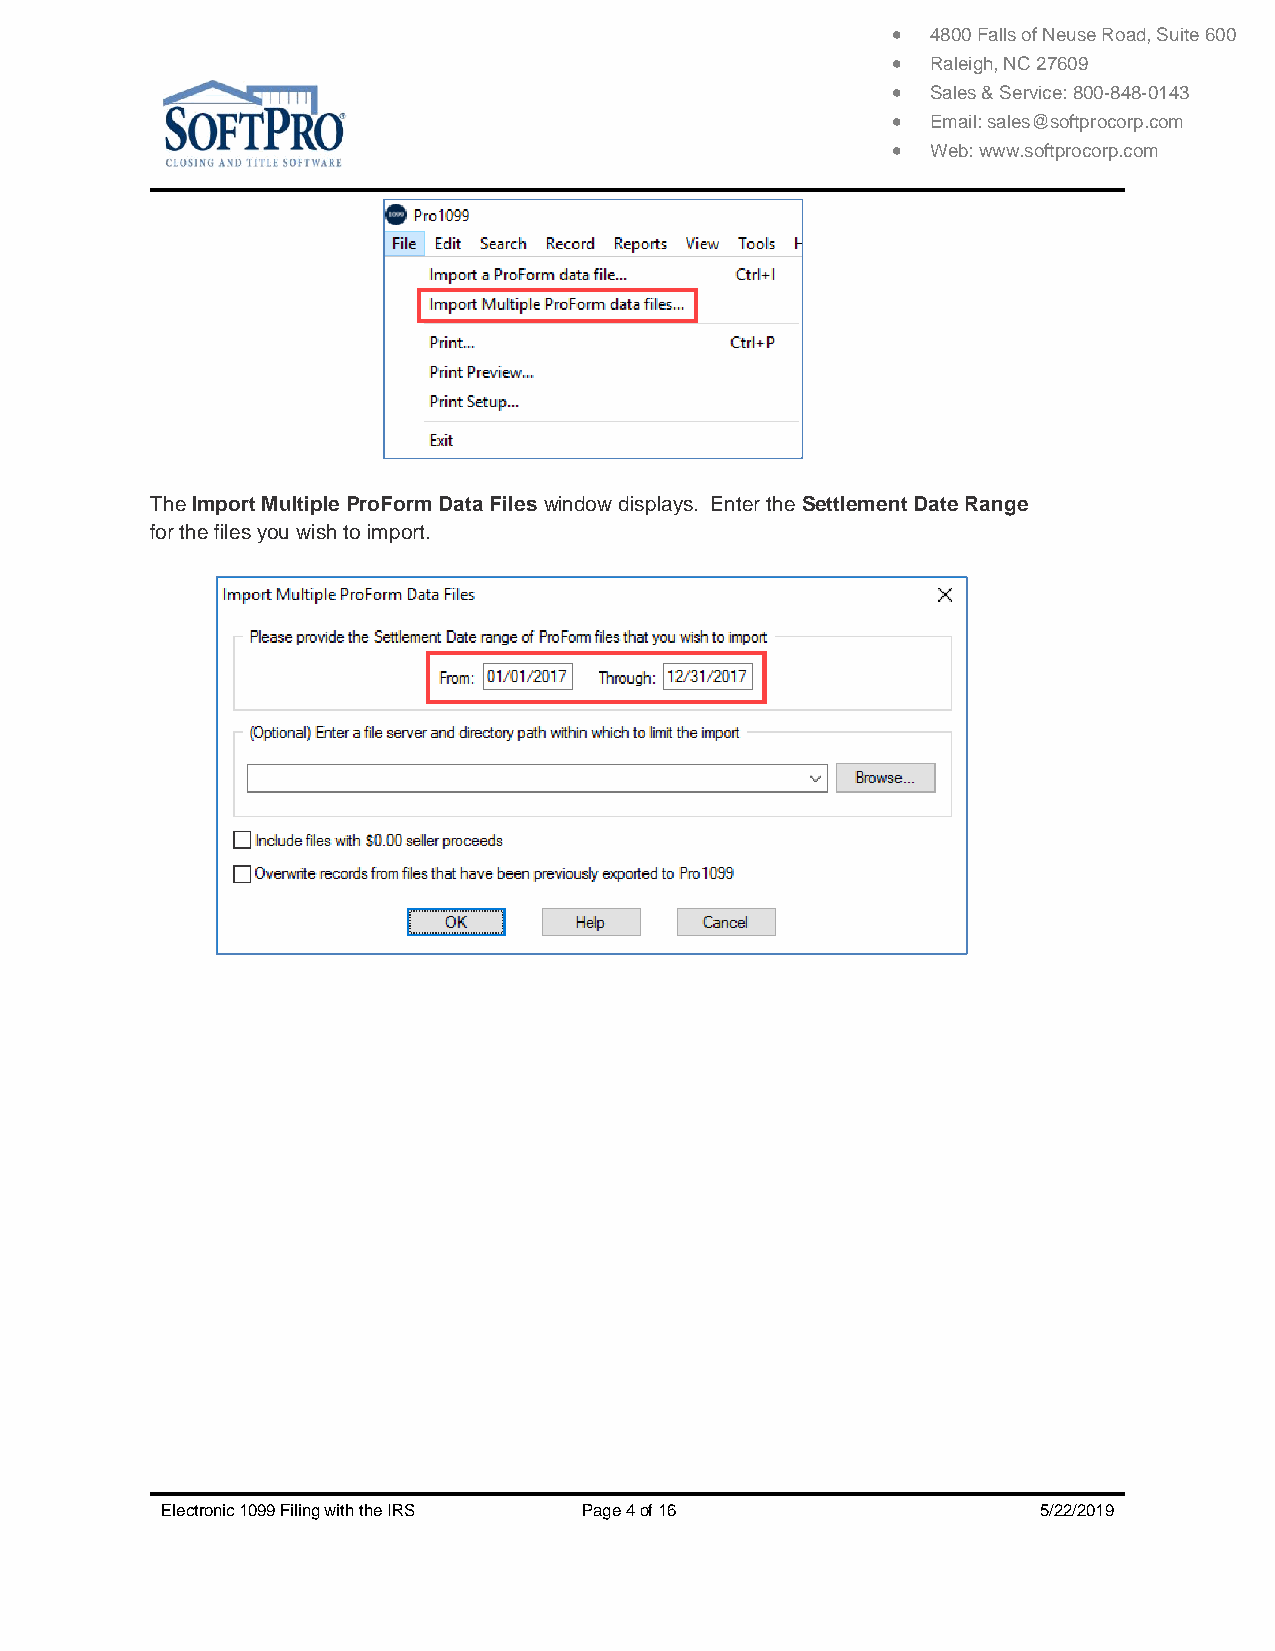
  4800 Falls of Neuse Road, Suite 600
   Raleigh, NC 27609
   Sales & Service: 800-848-0143
   Email: sales@softprocorp.com
   Web: www.softprocorp.com
 The Import Multiple ProForm Data Files window displays. Enter the Settlement Date Range
 for the files you wish to import.
 Electronic 1099 Filing with the IRS Page 4 of 16          5/22/2019